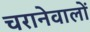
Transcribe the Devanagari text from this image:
चरानेवालों